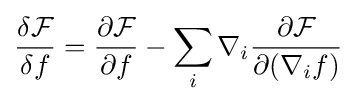
{\frac {\delta {\mathcal {F}}}{\delta f}}={\frac {\partial {\mathcal {F}}}{\partial f}}-\sum _{i}\nabla _{i}{\frac {\partial {\mathcal {F}}}{\partial (\nabla _{i}f)}}